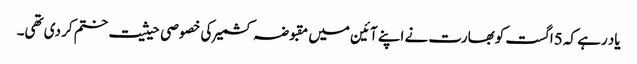
یاد رہے کہ 5اگست کوبھارت نے اپنے آئین میں مقبوضہ کشمیر کی خصوصی حیثیت ختم کر دی تھی۔